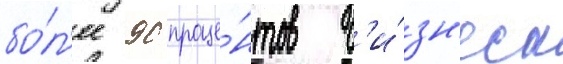
бо́л'ее 90 проце́нтов б'и́зн'еса